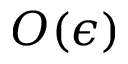
O ( \epsilon )